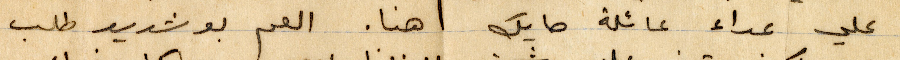
على عداء عائلة حايك هنا. العم بو شديد طلب